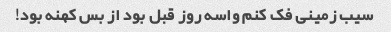
سیب زمینی فک کنم واسه روز قبل بود از بس کهنه بود!